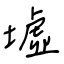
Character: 墟